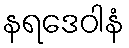
နရဒေဝါနံ